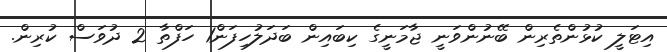
އިޓަލީ ކުޅުންތެރިން ބޭނުންވަނީ ޖާމަނީގެ ކިބައިން ބަދަލުހިފަން1 ހަފްތާ 2 ދުވަސް ކުރިން.